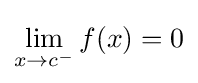
\lim _{x\to c^{-}}f(x)=0